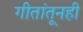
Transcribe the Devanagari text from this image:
गीतांतूनही